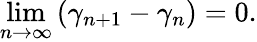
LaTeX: \operatorname*{lim}_{n\rightarrow\infty}\left(\gamma_{n+1}-\gamma_{n}\right)=0.